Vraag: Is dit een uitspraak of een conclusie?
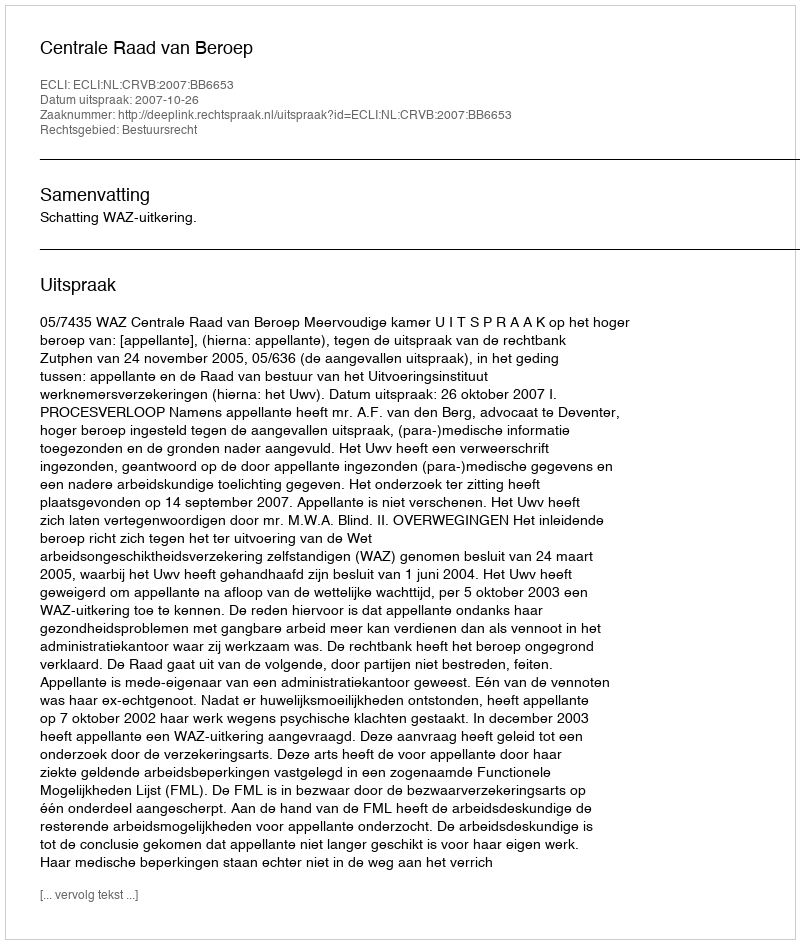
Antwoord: Uitspraak